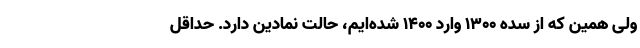
ولی همین که از سده ۱۳۰۰ وارد ۱۴۰۰ شده‌ایم، حالت نمادین دارد. حداقل